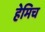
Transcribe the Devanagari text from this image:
हेमिच